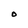
Character: O